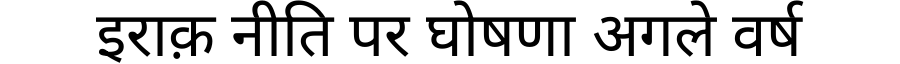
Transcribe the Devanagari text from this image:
इराक़ नीति पर घोषणा अगले वर्ष